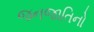
જનજાતિનો